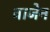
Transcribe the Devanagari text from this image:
वाजेन